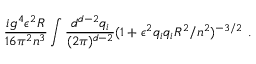
\frac { i g ^ { 4 } \epsilon ^ { 2 } R } { 1 6 \pi ^ { 2 } n ^ { 3 } } \int \frac { d ^ { d - 2 } q _ { i } } { ( 2 \pi ) ^ { d - 2 } } ( 1 + \epsilon ^ { 2 } q _ { i } q _ { i } R ^ { 2 } / n ^ { 2 } ) ^ { - 3 / 2 } \ .